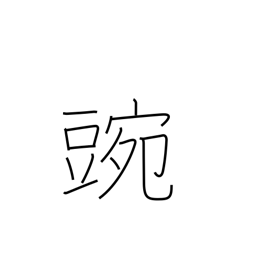
Meaning: pea